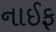
નાઈફ